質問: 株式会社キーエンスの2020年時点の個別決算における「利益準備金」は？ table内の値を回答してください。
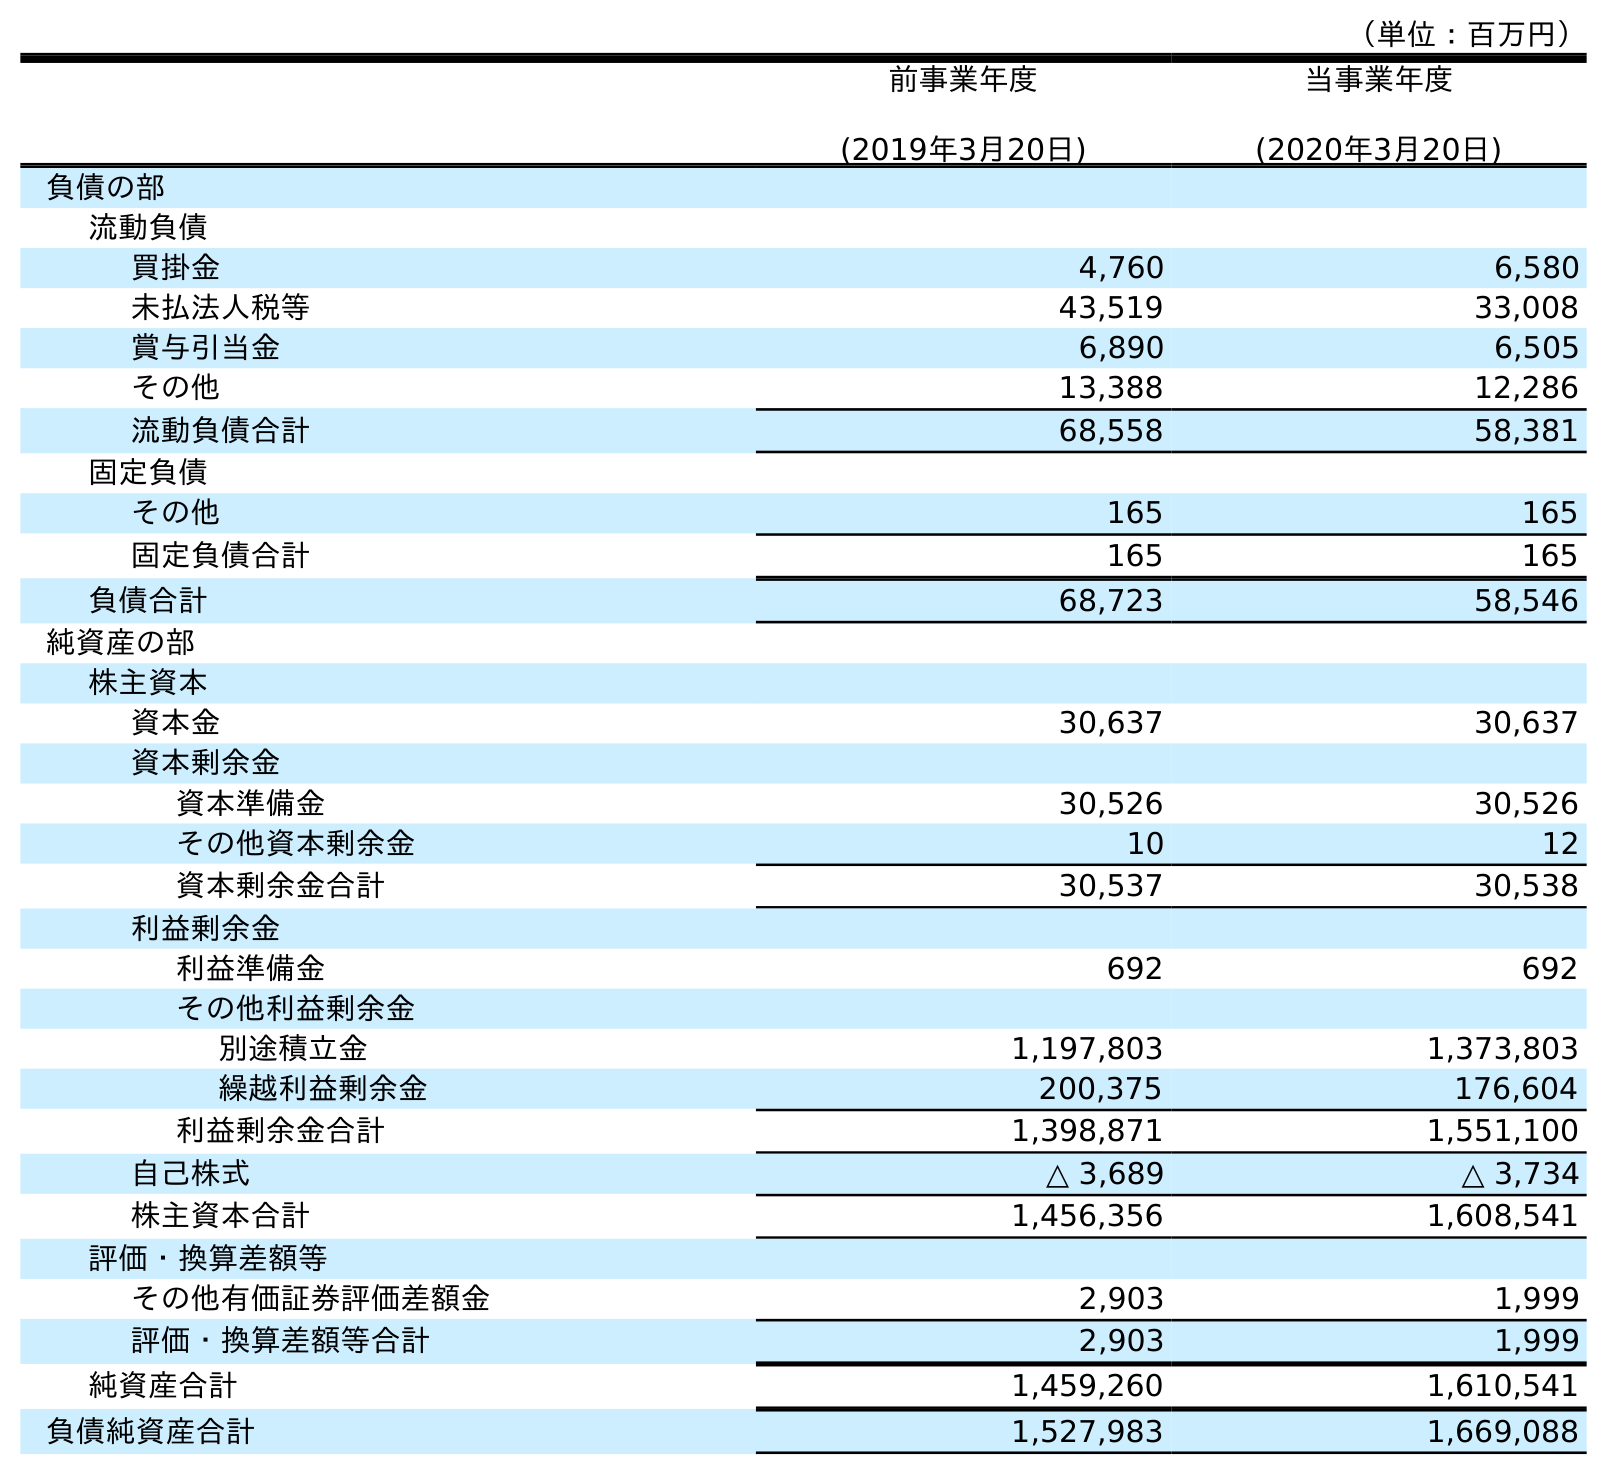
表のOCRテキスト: （単位：百万円） 前事業年度 (2019年3月20日) 当事業年度 (2020年3月20日) 負債の部 流動負債 買掛金 4,760 6,580 未払法人税等 43,519 33,008 賞与引当金 6,890 6,505 その他 13,388 12,286 流動負債合計 68,558 58,381 固定負債 その他 165 165 固定負債合計 165 165 負債合計 68,723 58,546 純資産の部 株主資本 資本金 30,637 30,637 資本剰余金 資本準備金 30,526 30,526 その他資本剰余金 10 12 資本剰余金合計 30,537 30,538 利益剰余金 利益準備金 692 692 その他利益剰余金 別途積立金 1,197,803 1,373,803 繰越利益剰余金 200,375 176,604 利益剰余金合計 1,398,871 1,551,100 自己株式 △ 3,689 △ 3,734 株主資本合計 1,456,356 1,608,541 評価・換算差額等 その他有価証券評価差額金 2,903 1,999 評価・換算差額等合計 2,903 1,999 純資産合計 1,459,260 1,610,541 負債純資産合計 1,527,983 1,669,088
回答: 692